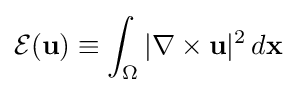
{\mathcal {E}}(\mathbf {u} )\equiv \int _{\Omega }|\nabla \times \mathbf {u} |^{2}\,d\mathbf {x}